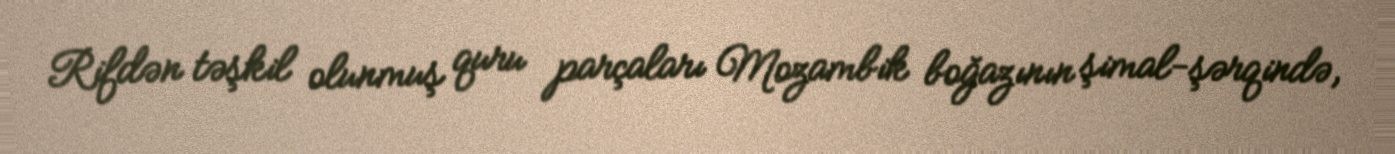
Rifdən təşkil olunmuş quru parçaları Mozambik boğazının şimal-şərqində,